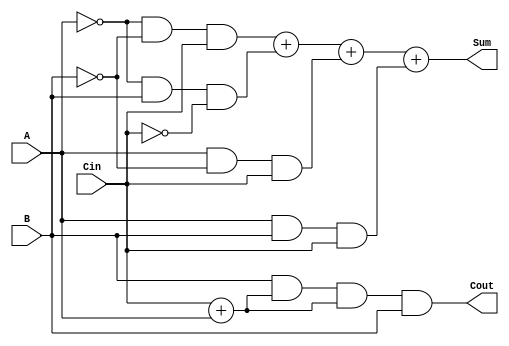
`timescale 1ns / 1ps

module FADR(A, B, Cin,Cout,Sum);
input A,B,Cin;
output Cout, Sum;
reg Cout, Sum;
// Process for full adder
always@(*)begin
Sum= (~A&~B&Cin)+(~A&B&~Cin)+(A&~B&Cin)+(A&B&Cin);
Cout= B&Cin+A&Cin+A&B;
end
endmodule